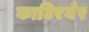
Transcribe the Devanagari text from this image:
काटिरयेर